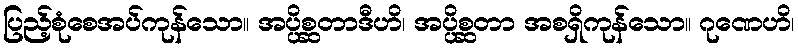
ပြည့်စုံစေအပ်ကုန်သော။ အပ္ပိစ္ဆတာဒီဟိ၊ အပ္ပိစ္ဆတာ အစရှိကုန်သော။ ဂုဏေဟိ၊